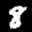
Label: 8